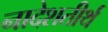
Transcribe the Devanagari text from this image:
नादेशतीर्थ